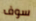
سوف